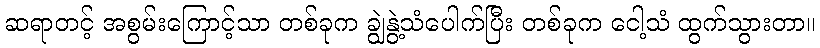
ဆရာတင့် အစွမ်းကြောင့်သာ တစ်ခုက ချွဲနွဲ့သံပေါက်ပြီး တစ်ခုက ငေါ့သံ ထွက်သွားတာ။